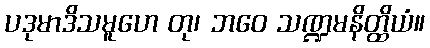
ပဒုမာဒိသမူဟေ တု၊ ဘဝေ သဏ္ဍမနိတ္ထိယံ။